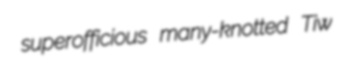
superofficious many-knotted Tiw